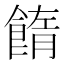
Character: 䭉